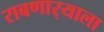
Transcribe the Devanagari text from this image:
राबणार्‍याला